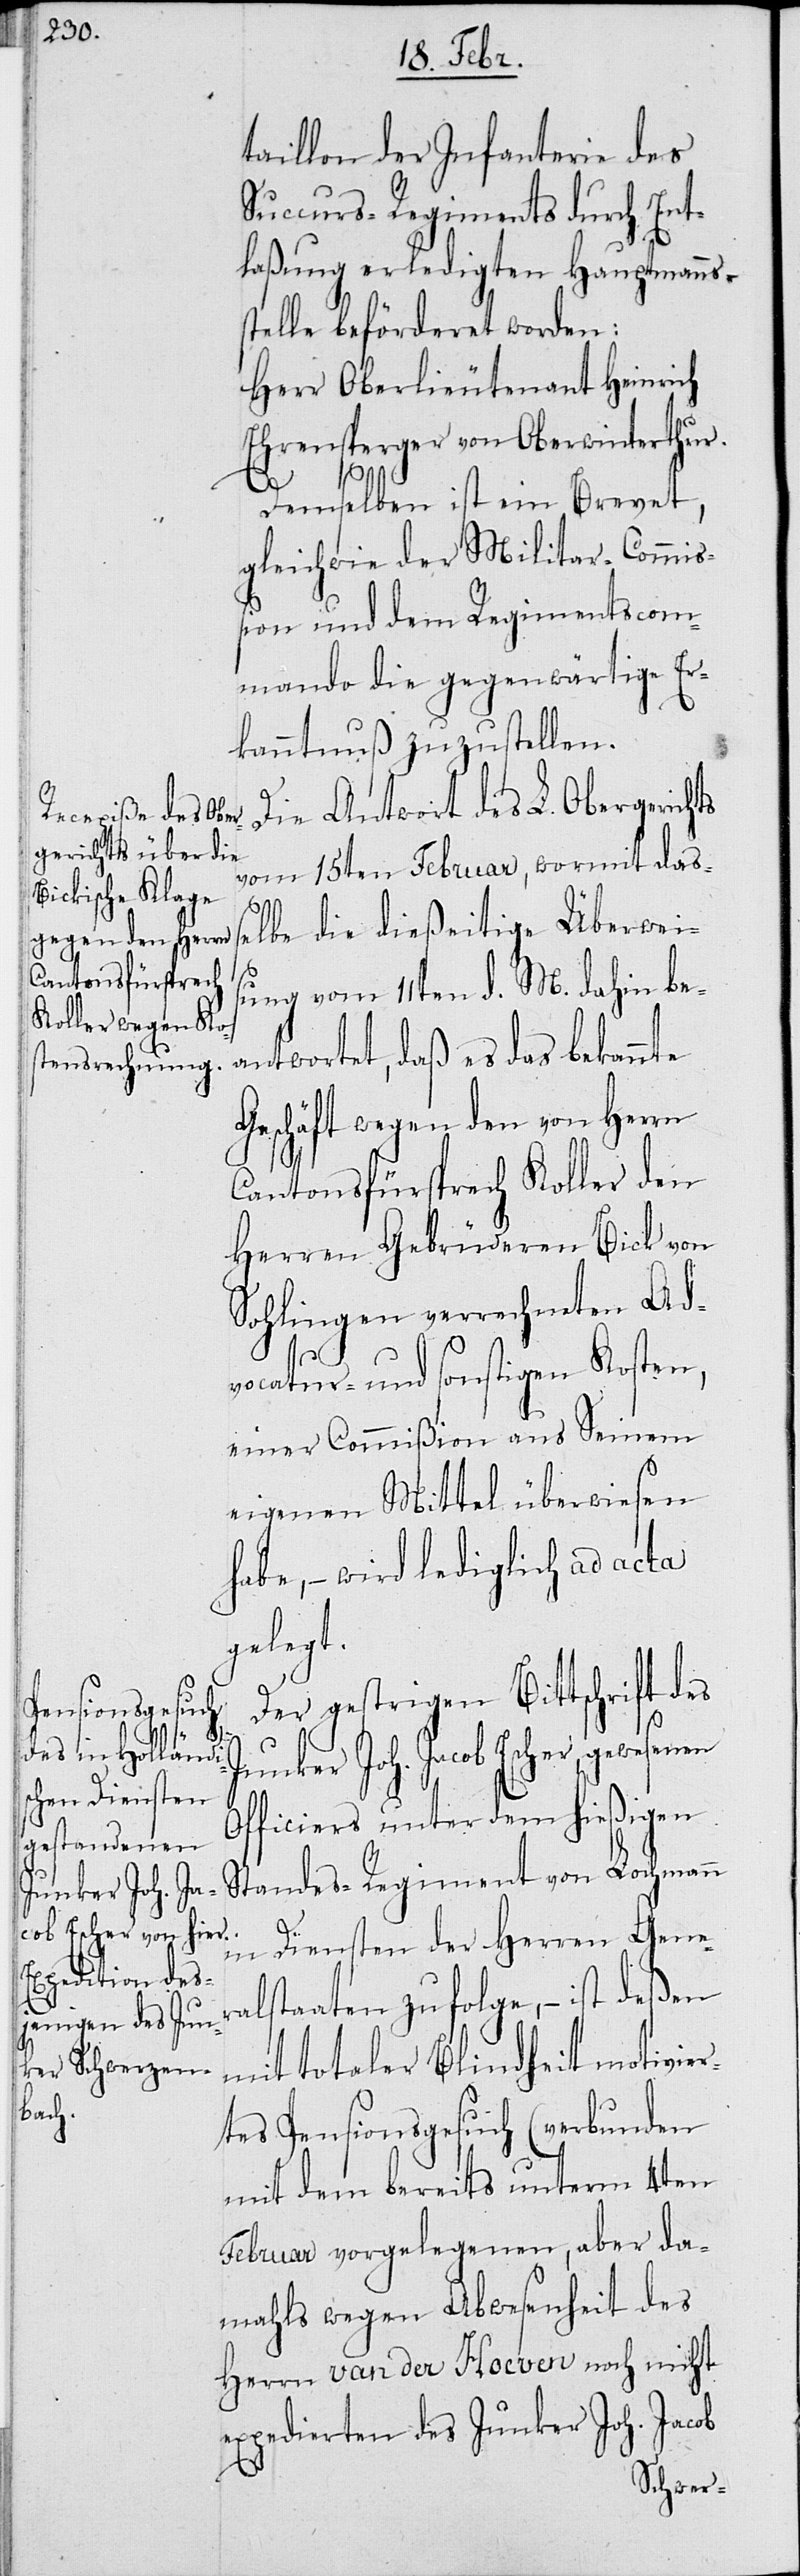
taillon der Infanterie des
Succurs-Regiments durch Ent¬
laßung erledigten Hauptmanns¬
stelle beförderet worden:
Herr Oberlieutenant Heinrich
Ehrensperger von Oberwinterthur.
Demselben ist ein Brevet,
gleichwie der Militar-Commiß¬
ion und dem Regimentscom¬
mando die gegenwärtige Er¬
kanntnuß zuzustellen.
Die Antwort des L. Obergerichts
vom 15ten Februar, wormit daß¬
elbe die dießeitige Überweis¬
ung vom 11ten d. M. dahin be¬
antwortet, daß es das bekannte
Geschäft wegen den von Herrn
Cantonsfürsprech Koller d¬
en Gebrüderen Bick von
Sohlingen verrechneten Ad¬
vocatur- und sonstigen Kosten,
einer Commißion aus Seinem
eigenen Mittel überwiesen
habe, – wird ad acta
gelegt.
Der gestrigen Bittschrift des
Junker Joh. Jacob Escher, gewesenen
Officiers unter dem hießigen
Standes-Regiment von Lochmann
in Diensten der Herren Gener¬
alstaaten zufolge, – ist deßen
mit totaler Blindheit motivier¬
tes Pensionsgesuch (verbunden
mit dem bereits unterm 4ten
Februar vorgelegenen, aber da¬
mahls wegen Abwesenheit des
Herrn van der Hoeven noch nicht
expedierten des Junker Joh. Jacob